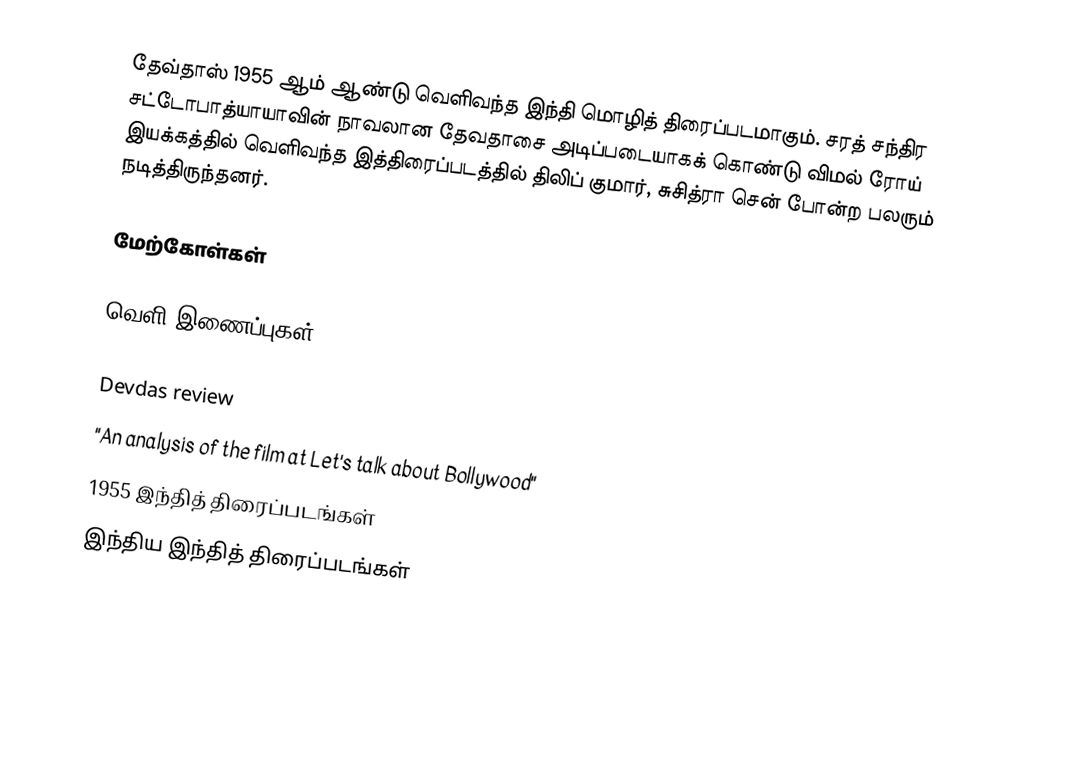
தேவ்தாஸ் 1955 ஆம் ஆண்டு வெளிவந்த இந்தி மொழித் திரைப்படமாகும். சரத் சந்திர சட்டோபாத்யாயாவின்  நாவலான தேவதாசை அடிப்படையாகக் கொண்டு விமல் ரோய் இயக்கத்தில் வெளிவந்த இத்திரைப்படத்தில் திலிப் குமார், சுசித்ரா சென் போன்ற பலரும் நடித்திருந்தனர்.

மேற்கோள்கள்

வெளி இணைப்புகள்

 Devdas review
 "An analysis of the film at Let's talk about Bollywood"
1955 இந்தித் திரைப்படங்கள்
இந்திய இந்தித் திரைப்படங்கள்